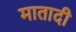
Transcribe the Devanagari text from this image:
मातादी